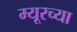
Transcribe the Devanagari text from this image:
म्यूरच्या